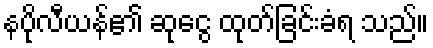
နပိုလီယန်၏ ဆုငွေ ထုတ်ခြင်းခံရ သည်။